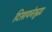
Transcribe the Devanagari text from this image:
दिसायचेसुद्धा